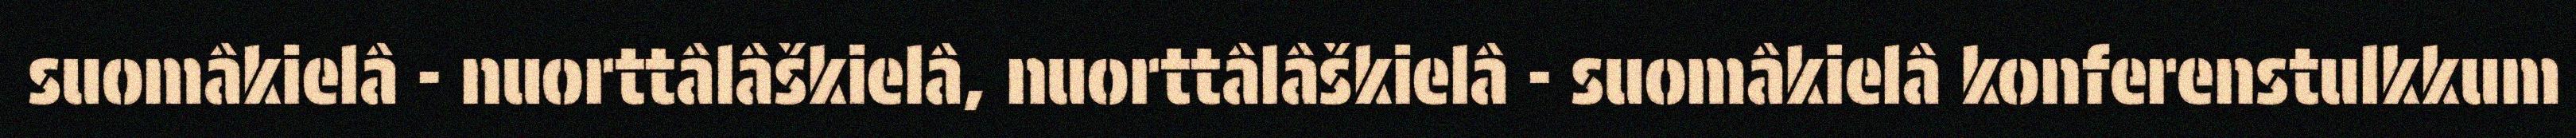
suomâkielâ - nuorttâlâškielâ, nuorttâlâškielâ - suomâkielâ konferenstulkkum